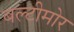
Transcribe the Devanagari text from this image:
बल्टीमोर